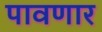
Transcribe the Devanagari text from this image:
पावणार